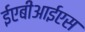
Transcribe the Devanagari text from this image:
ईएबीआईएस